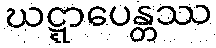
ဃဋ္ဋာပေန္တဿ